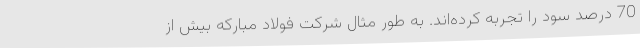
70 درصد سود را تجربه کرده‌اند. به طور مثال شرکت فولاد مبارکه بیش از